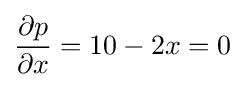
{\frac {\partial p}{\partial x}}=10-2x=0